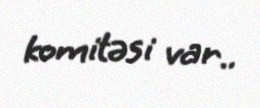
komitəsi var..